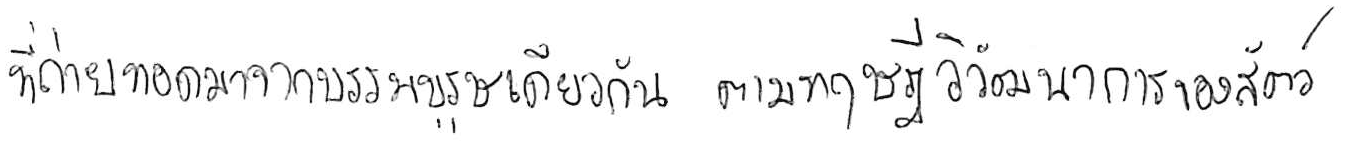
ที่ถ่ายทอดมาจากบรรพบุรุษเดียวกัน ตามทฤษฎีวิวัฒนาการของสัตว์